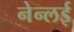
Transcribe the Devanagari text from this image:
नेन्लई